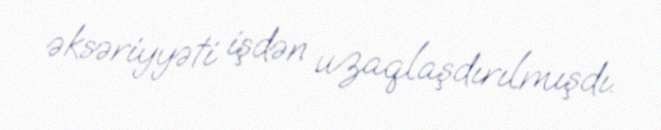
əksəriyyəti işdən uzaqlaşdırılmışdı.